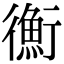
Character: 𢖍